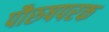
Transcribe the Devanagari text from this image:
पौरुषपरक